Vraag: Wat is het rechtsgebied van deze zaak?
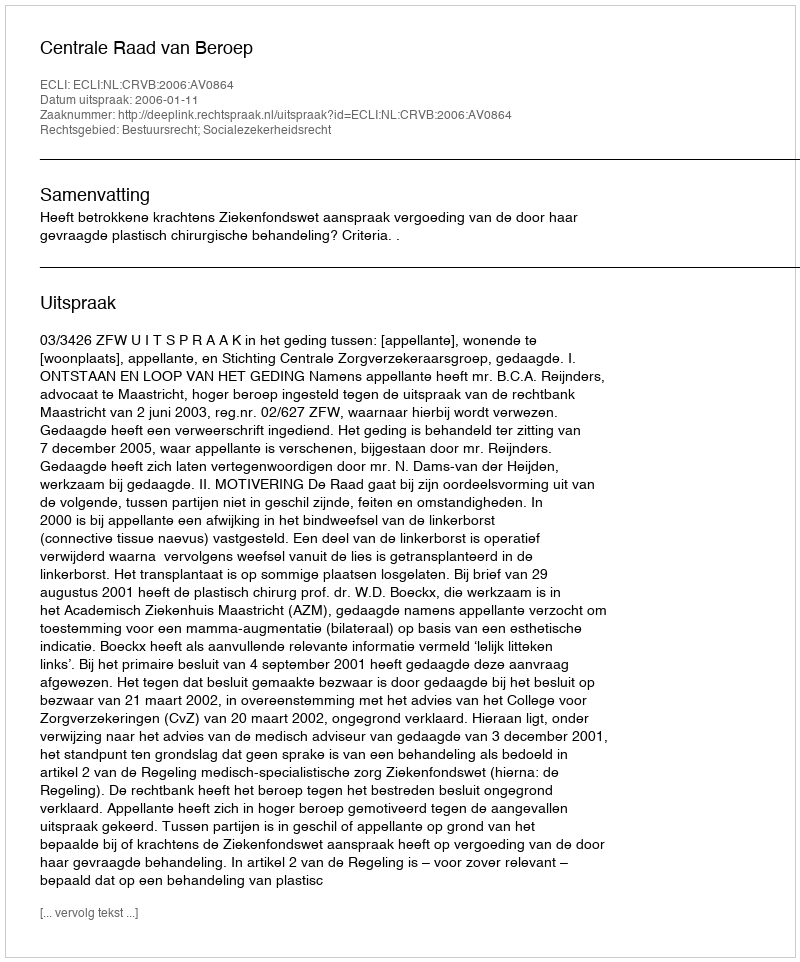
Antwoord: Bestuursrecht; Socialezekerheidsrecht